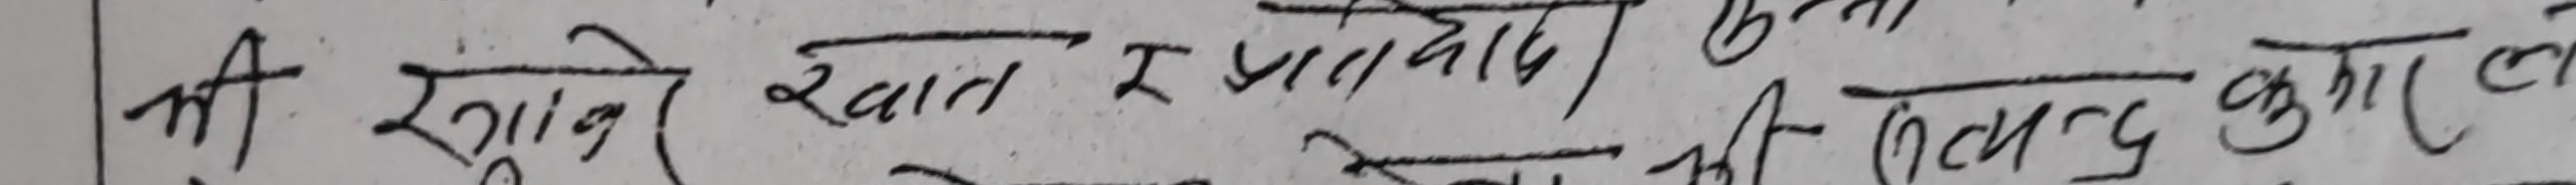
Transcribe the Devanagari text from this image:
मी खुसी र खान प्रदान गर्ला। की सन्तुष्ट कुराले